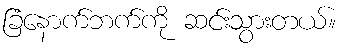
ခြံနောက်ဘက်ကို ဆင်းသွားတယ်။